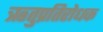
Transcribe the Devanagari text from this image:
ऋतुप्रतिरोधक